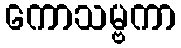
ကောသမ္ဗကာ